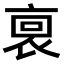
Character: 𧙪